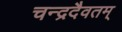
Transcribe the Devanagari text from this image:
चन्द्रदैवतम्